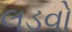
લડવો